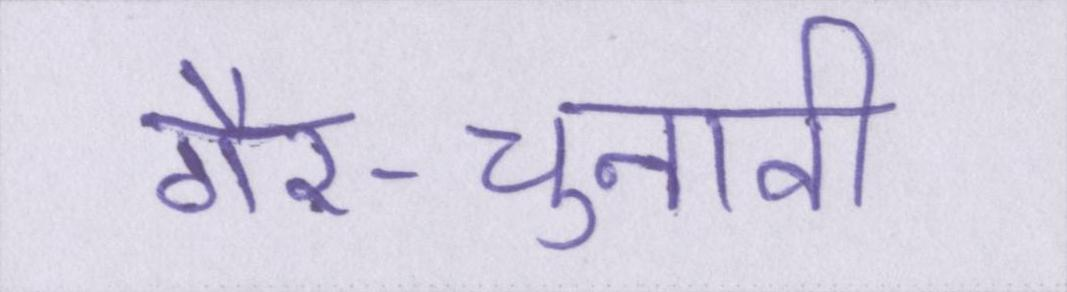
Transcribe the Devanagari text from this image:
गैर-चुनावी